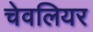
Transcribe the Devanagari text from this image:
चेवलियर